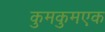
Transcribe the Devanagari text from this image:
कुमकुमएक